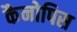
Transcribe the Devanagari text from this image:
कैनोपिस